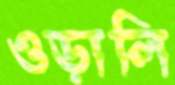
ওড়ালি